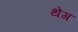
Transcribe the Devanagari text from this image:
थेग